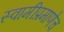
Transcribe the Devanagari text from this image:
स्वामीप्रमाणेच